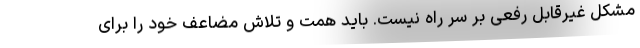
مشکل غیرقابل رفعی بر سر راه نیست. باید همت و تلاش مضاعف خود را برای